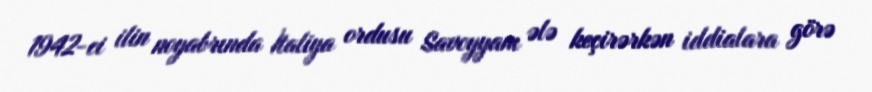
1942-ci ilin noyabrında İtaliya ordusu Savoyyanı ələ keçirərkən iddialara görə